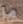
ما